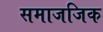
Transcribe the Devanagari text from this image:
समाजजिक